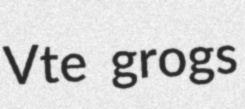
Vte grogs